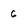
Character: 6